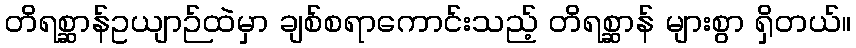
တိရစ္ဆာန်ဥယျာဉ်ထဲမှာ ချစ်စရာကောင်းသည့် တိရစ္ဆာန် များစွာ ရှိတယ်။